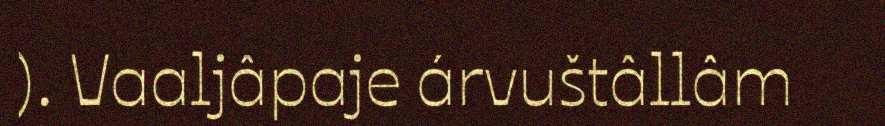
). Vaaljâpaje árvuštâllâm